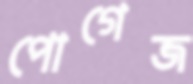
পোগেজ